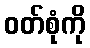
ဝတ်စုံကို